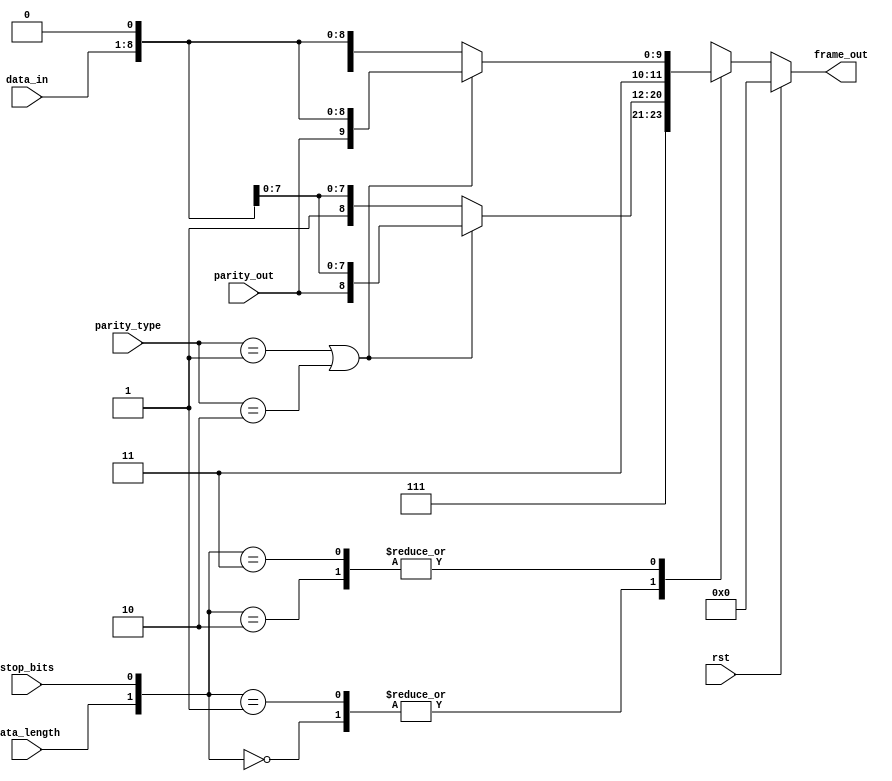
module frame_gen1(
    input  rst,
    input [7:0] data_in,
    input  [1:0]parity_type,
    input  parity_out,
    input  stop_bits, 
    input  data_length, 
    output reg [11:0] frame_out // 1 start bit, 8 data bits, 1 parity bit, 1 stop bit
);
    /*localparam stop_bit = 1'b1,
               start_bit = 1'b0;*/
    always @(*) begin
        if (rst) begin
            frame_out = 12'd0;
         end 
        else 
         begin
         //mohamed haysam 
           /* // Start bit
           frame_out[0] = start_bit;           
            case ({data_length,stop_bits,parity_type})
                4'b0001:   frame_out[11:1] = {2'b11,stop_bit,parity_out,data_in[6:0]}; //data_in >> farme_out [8:1] , parity_out >>> frame_out[9], stop_bit >>> frame_out[10]
                4'b0010:   frame_out[11:1] = {2'b11,stop_bit,parity_out,data_in[6:0]}; //data_in >> farme_out [7:1] , parity_out >>> frame_out[9], stop_bit >>> frame_out[10:9;
                4'b0000:   frame_out[11:1] = {3'b111,stop_bit,data_in[6:0]};
                4'b0011:   frame_out[11:1] = {3'b111,stop_bit,data_in[6:0]};
                4'b0101:   frame_out[11:1] = {1'b1,stop_bit,stop_bit,parity_out,data_in[6:0]};
                4'b0110:   frame_out[11:1] = {1'b1,stop_bit,stop_bit,parity_out,data_in[6:0]};
                4'b0100:   frame_out[11:1] = {2'b11,stop_bit,stop_bit,data_in[6:0]};
                4'b0111:   frame_out[11:1] = {2'b11,stop_bit,stop_bit,data_in[6:0]};
                4'b1001:   frame_out[11:1] = {1'b1,stop_bit,parity_out,data_in[7:0]};
                4'b1010:   frame_out[11:1] = {1'b1,stop_bit,parity_out,data_in[7:0]};
                4'b1000:   frame_out[11:1] = {2'b11,stop_bit,data_in[7:0]};
                4'b1011:   frame_out[11:1] = {2'b11,stop_bit,data_in[7:0]};
                4'b1101:   frame_out[11:1] = {stop_bit,stop_bit,parity_out,data_in[7:0]};
                4'b1110:   frame_out[11:1] = {stop_bit,stop_bit,parity_out,data_in[7:0]};
                4'b1100:   frame_out[11:1] = {1'b1,stop_bit,stop_bit,data_in[7:0]};
                4'b1111:   frame_out[11:1] = {1'b1,stop_bit,stop_bit,data_in[7:0]};
                default:   frame_out[11:1] = 10'b1111111111; 
                            endcase*/
                 /// Ahmed rashwan
                 case ({data_length, stop_bits})
                               // 7 data bits, 1 stop bit
                               2'b00: begin
                                   if (parity_type == 2'b01 || parity_type == 2'b10) begin
                                       frame_out = {2'b11,1'b1,parity_out,data_in[6:0],1'b0}; // 1 stop bit, 2 padding bits
                                                   
                                   end else begin
                                       frame_out = {  3'b111,1'b1,data_in[6:0],1'b0}; // 1 stop bit, 3 padding bits
                                   end
                               end
               
                               // 7 data bits, 2 stop bits
                               2'b01: begin
                                   if (parity_type == 2'b01 || parity_type == 2'b10) begin
                                       frame_out = { 1'b1 ,2'b11,parity_out,data_in[6:0],1'b0}; // 2 stop bits, 1 padding bit
                                   end else begin
                                       frame_out = { 2'b11,2'b11,data_in[6:0],1'b0}; // 2 stop bits, 2 padding bits
                                   end
                               end
               
                               // 8 data bits, 1 stop bit
                               2'b10: begin
                                   if (parity_type == 2'b01 || parity_type == 2'b10) begin
                                       frame_out = {1'b1,1'b1,parity_out,data_in[7:0],1'b0}; // 1 bit padding
                                   end else begin
                                       frame_out = { 2'b11,1'b1,data_in[7:0],1'b0}; // 2 bit badding
                                   end
                               end
               
                               // 8 data bits, 2 stop bits
                               2'b11: begin
                                   if (parity_type == 2'b01 || parity_type == 2'b10) begin
                                       frame_out = { 2'b11,parity_out,data_in[7:0],1'b0 }; // 2 stop bits
                                   end else begin
                                       frame_out = { 1'b1,2'b11,data_in[7:0],1'b0}; // 2 stop bits, 1 padding bit
                                   end
                               end
                           endcase
        end
    end
endmodule